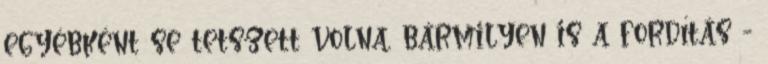
egyébként se tetszett volna, bármilyen is a fordítás -